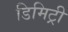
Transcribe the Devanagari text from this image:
डिमिट्री